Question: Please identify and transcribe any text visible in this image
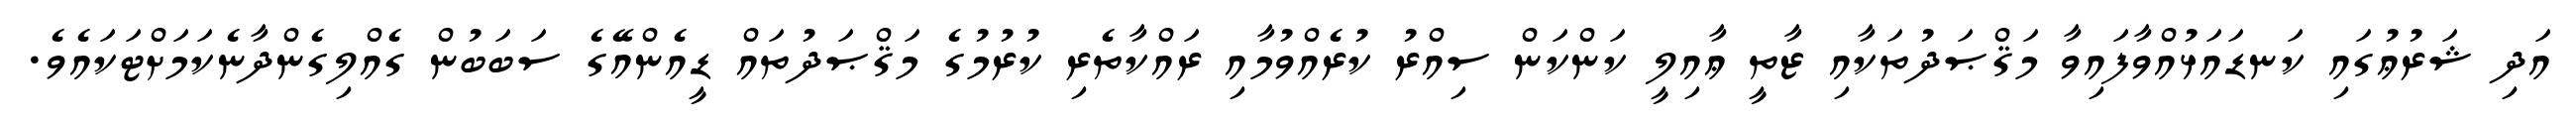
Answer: އަދި ޝަރުޢުގައި ކަނޑައަޅުއްވާފައިވާ މަޤްޞަދުތަކާއި ޒާތީ ޢާއިލީ ކަންކަން ސިއްރު ކުރެއްވުމާއި ރައްކާތެރި ކުރުމުގެ މަޤްޞަދުތައް ޑީއެންއޭގެ ސަބަބުން ގެއްލިގެންދާނެކަމަށްޓަކައެވެ.